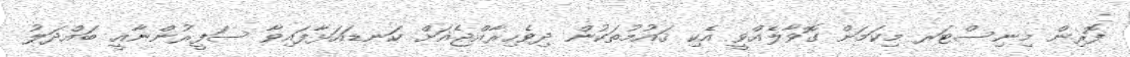
ފޮރިން މިނިސްޓަރ މިކަމަށް ގޮވާލެއްވީ އެކި ޤައުމުތަކުން ދިވެހިރާއްޖެއަށް ކަނޑައަޅާފައިވާ ސަފީރުންނާޢީ ބައްދަލު